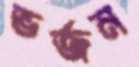
ভর্জন